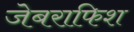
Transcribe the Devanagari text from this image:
जेबराफिश